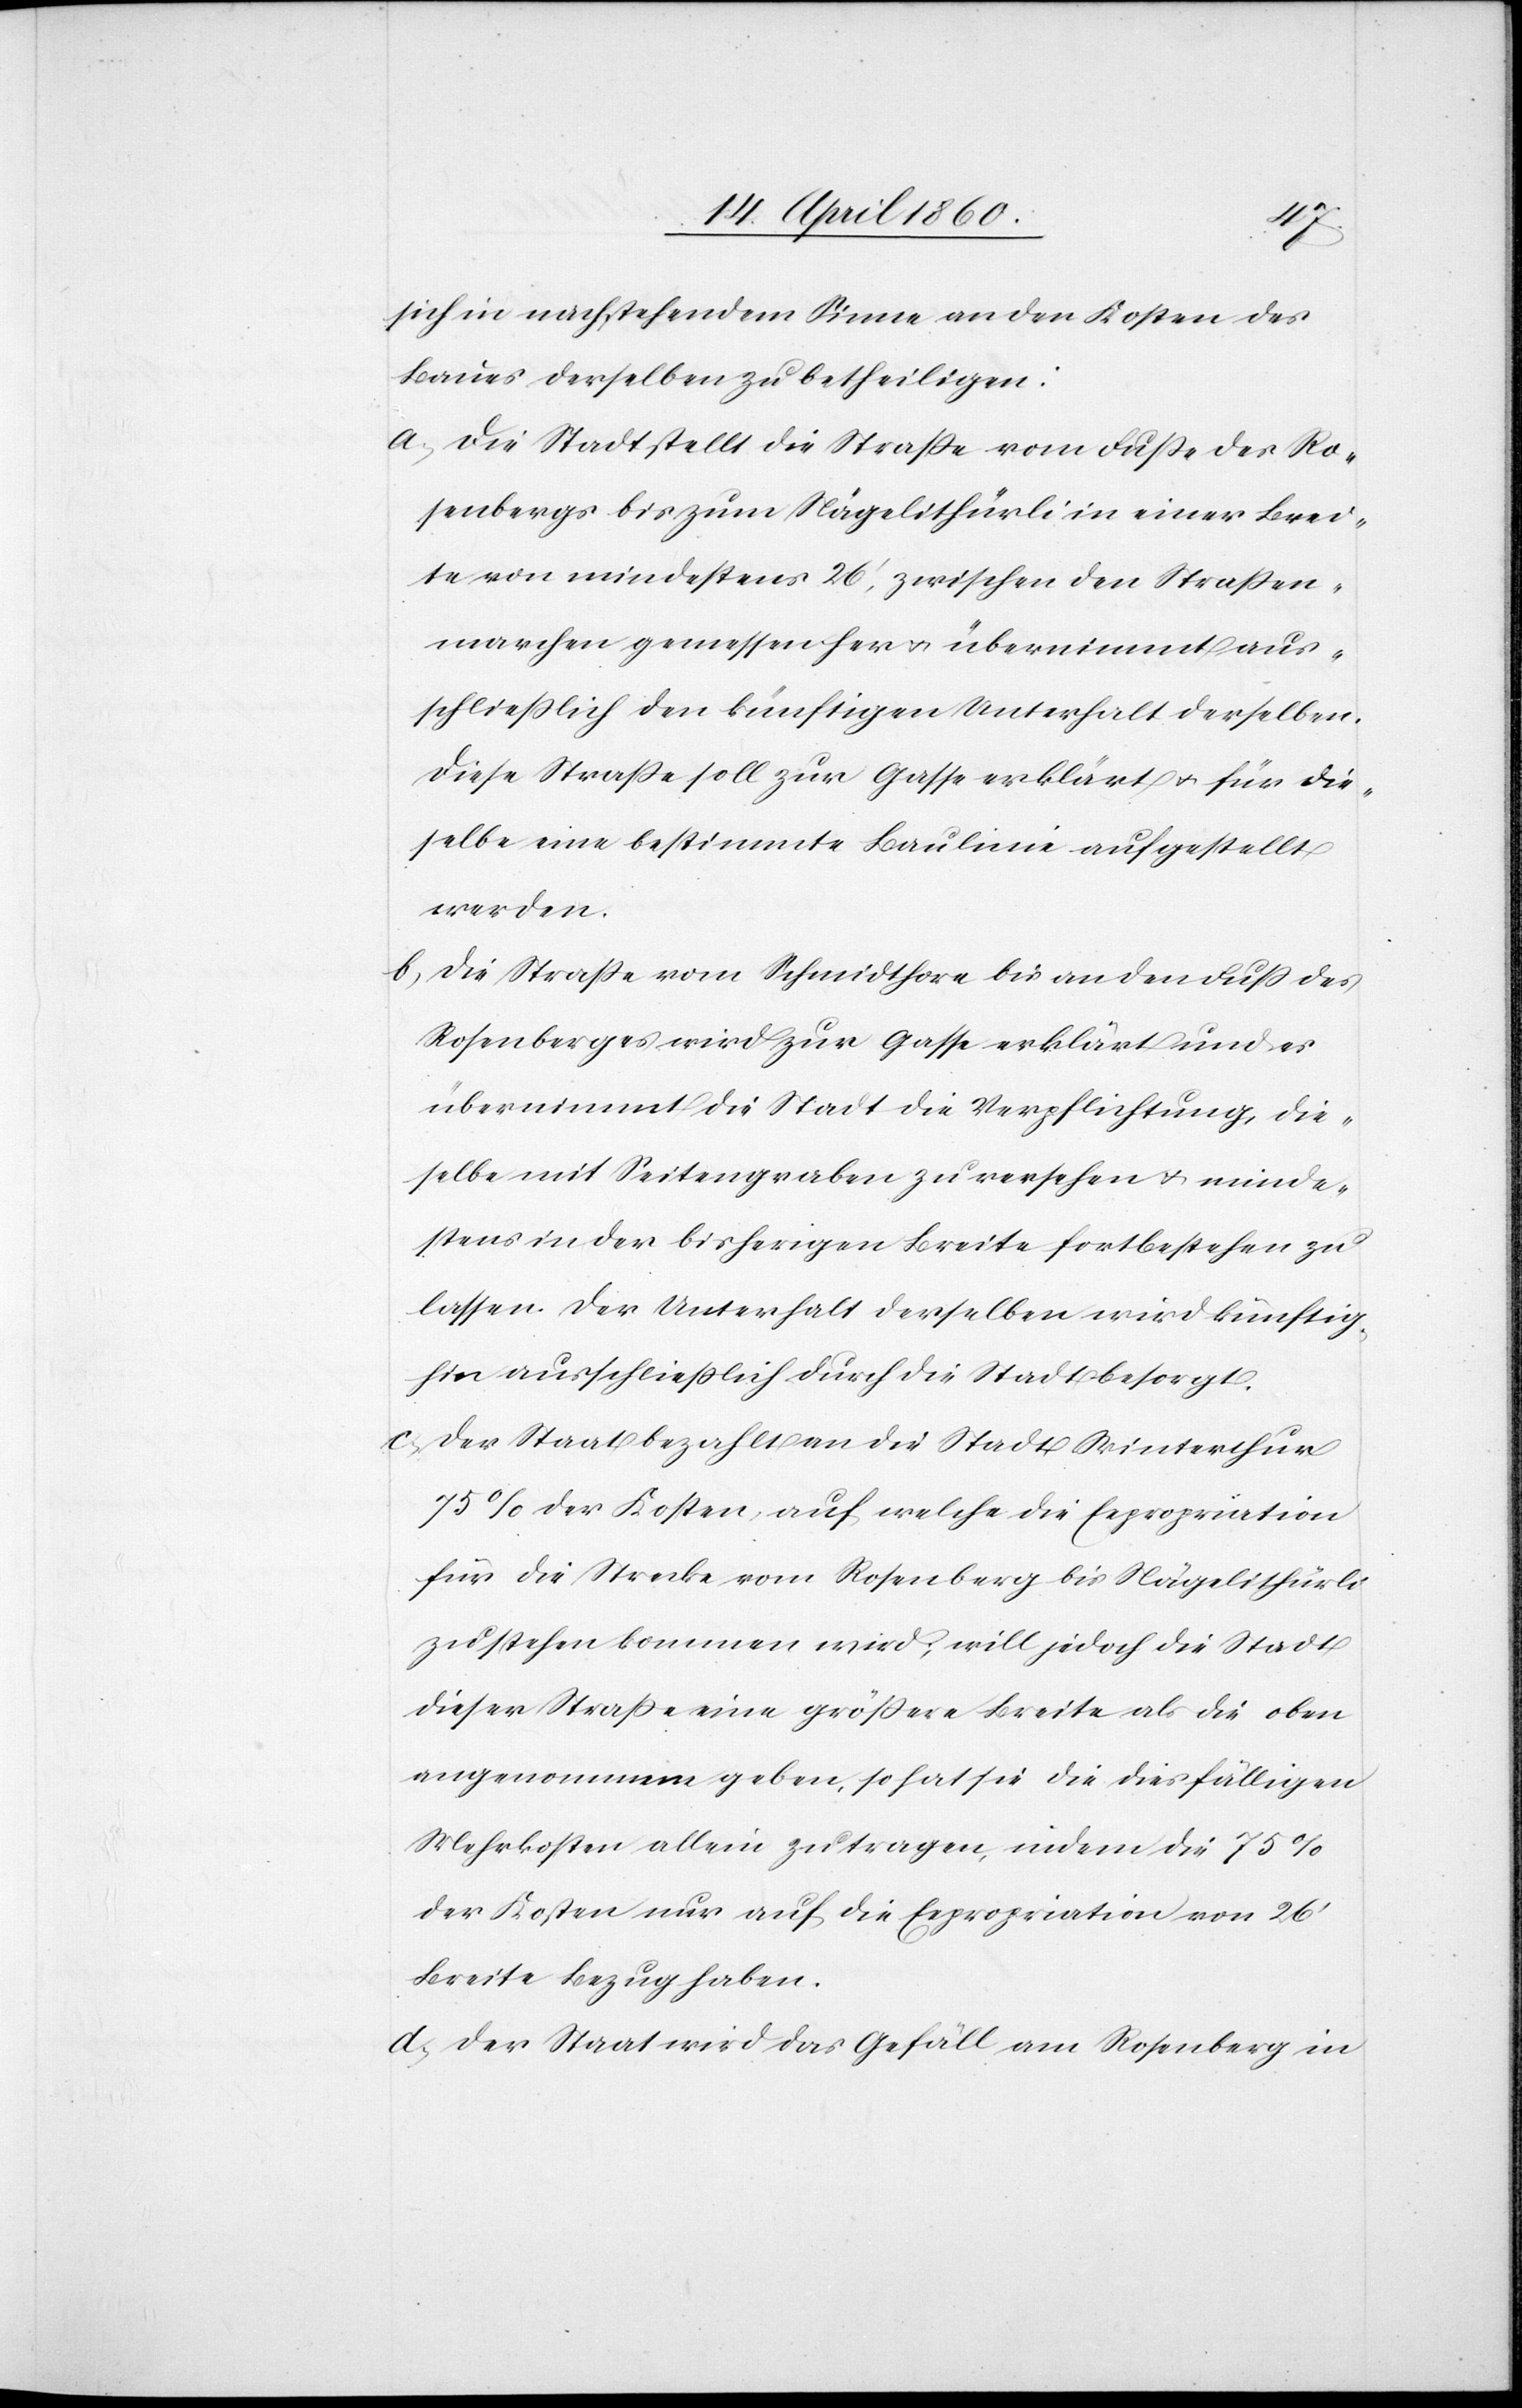
sich in nachstehendem Sinne an den Kosten des
Baues derselben zu betheiligen:
a. Die Stadt stellt die Strasse vom Fusse des Ro¬
senbergs bis zum Nägelithürli in einer Brei¬
te von mindestens 26’, zwischen den Strassen¬
marchen gemessen her u. übernimmt aus¬
schliesslich den künftigen Unterhalt derselben.
Diese Strasse soll zur Gasse erklärt u. für die¬
selbe eine bestimmte Baulinie aufgestellt
werden.
b. Die Strasse vom Schmidtthore bis an den Fuss des
Rosenberges wird zur Gasse erklärt und es
übernimmt die Stadt die Verpflichtung, die¬
selbe mit Seitengraben zu versehen u. minde¬
stens in der bisherigen Breite fortbestehen zu
lassen. Der Unterhalt derselben wird künftig¬
hin ausschliesslich durch die Stadt besorgt.
c. Der Staat bezahlt an die Stadt Winterthur
75% der Kosten, auf welche die Expropriation
für die Strecke vom Rosenberg bis Nägelithürli
zu stehen kommen wird, will jedoch die Stadt
dieser Straße eine grössere Breite als die oben
angenommene geben, so hat sie die diesfälligen
Mehrkosten allein zu tragen, indem die 75%
der Kosten nur auf die Expropriation von 26’
Breite Bezug haben.
d. Der Staat wird das Gefäll am Rosenberg in